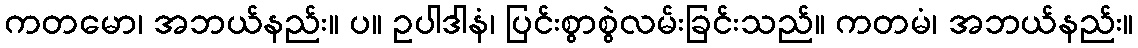
ကတမော၊ အဘယ်နည်း။ ပ။ ဥပါဒါနံ၊ ပြင်းစွာစွဲလမ်းခြင်းသည်။ ကတမံ၊ အဘယ်နည်း။